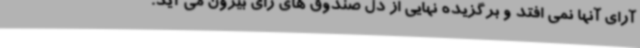
آرای آنها نمی افتد و برگزیده نهایی از دل صندوق های رای بیرون می آید.